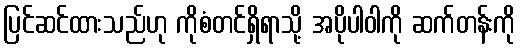
ပြင်ဆင်ထားသည်ဟု ကိုစံတင်ရှိရာသို့ အပိုပါဝါကို ဆက်တန်းကို